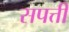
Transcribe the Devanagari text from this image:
सपत्ती